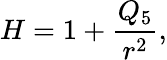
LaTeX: H=1+\frac{Q_{5}}{r^{2}},